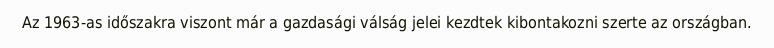
Az 1963-as időszakra viszont már a gazdasági válság jelei kezdtek kibontakozni szerte az országban.